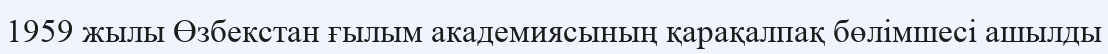
1959 жылы Өзбекстан ғылым академиясының қарақалпақ бөлімшесі ашылды